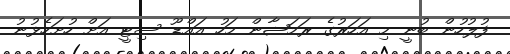
ފުލުހުން ބުނީ މި އަހަރުގެ ރަމަޟާން މަހު އައްޑޫ ސިޓީ އަށް ހުށަހެޅުނު